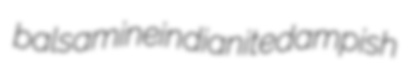
balsamine indianite dampish